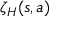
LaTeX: \zeta _ { H } ( s , a )